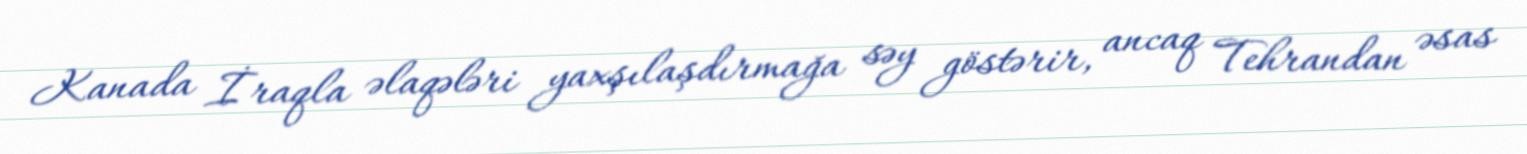
Kanada İraqla əlaqələri yaxşılaşdırmağa səy göstərir, ancaq Tehrandan əsas